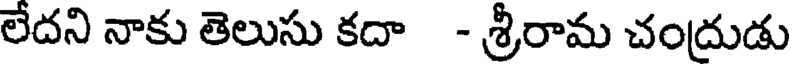
లేదని నాకు తెలుసు కదా - శ్రీరామ చంద్రుడు